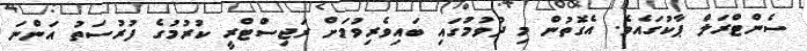
ސެންޓްރަލް ޕާކުގައެވެ. އެގޮތުން މި ދުވުމުގައި ބައިވެރިވުމަށް ރަޖިސްޓްރީ ކުރުމުގެ ފުރުސަތު އަންނަ